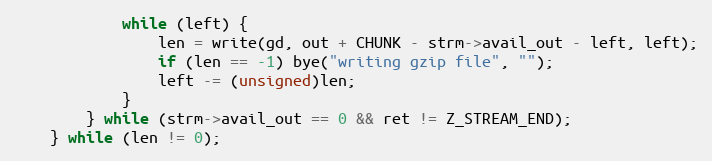
Language: C
            while (left) {
                len = write(gd, out + CHUNK - strm->avail_out - left, left);
                if (len == -1) bye("writing gzip file", "");
                left -= (unsigned)len;
            }
        } while (strm->avail_out == 0 && ret != Z_STREAM_END);
    } while (len != 0);